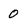
Character: 0